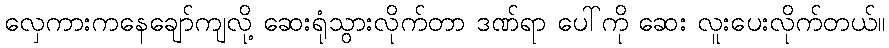
လှေကားကနေချော်ကျလို့ ဆေးရုံသွားလိုက်တာ ဒဏ်ရာ ပေါ်ကို ဆေး လူးပေးလိုက်တယ်။